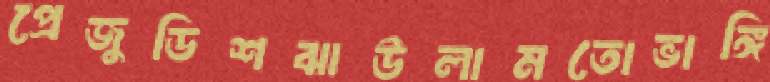
প্রেজুডিশঝাউলামতোভাঙ্গি